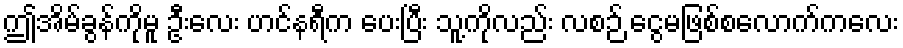
ဤအိမ်ခွန်ကိုမူ ဦးလေး ဟင်နရီက ပေးပြီး သူ့ကိုလည်း လစဉ် ငွေမဖြစ်စလောက်ကလေး